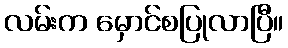
လမ်းက မှောင်စပြုလာပြီ။